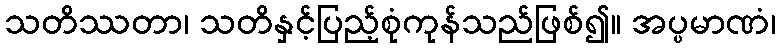
သတိဿတာ၊ သတိနှင့်ပြည့်စုံကုန်သည်ဖြစ်၍။ အပ္ပမာဏံ၊